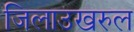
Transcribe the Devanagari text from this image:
जिलाउखरुल